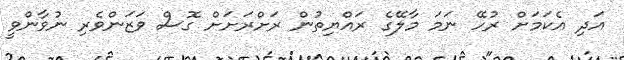
އަދި އެކަމަށް ރުހޭ ނަމަ މާލޭގެ ރައްޔިތުން ރަށްރަށަށް ގޮސް ވަޒަންވެރި ނުވާންވީ